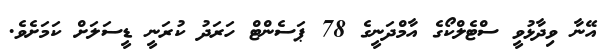
އޭނާ ވިދާޅުވީ ސްޓެލްކޯގެ އާމްދަނީގެ 78 ޕަސެންޓް ހަރަދު ކުރަނީ ޑީސަލަށް ކަމަށެވެ.